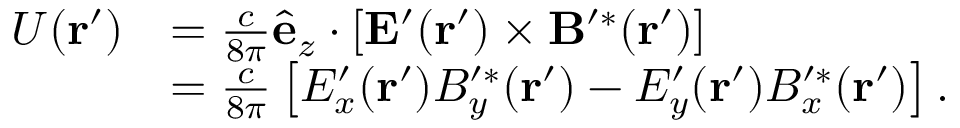
\begin{array} { r l } { U ( \mathbf { r } ^ { \prime } ) } & { = \frac { c } { 8 \pi } \hat { \mathbf { e } } _ { z } \cdot \left[ \mathbf { E } ^ { \prime } ( \mathbf { r } ^ { \prime } ) \times \mathbf { B } ^ { \prime * } ( \mathbf { r } ^ { \prime } ) \right] } \\ & { = \frac { c } { 8 \pi } \left[ E _ { x } ^ { \prime } ( \mathbf { r } ^ { \prime } ) B _ { y } ^ { \prime * } ( \mathbf { r } ^ { \prime } ) - E _ { y } ^ { \prime } ( \mathbf { r } ^ { \prime } ) B _ { x } ^ { \prime * } ( \mathbf { r } ^ { \prime } ) \right] . } \end{array}